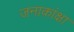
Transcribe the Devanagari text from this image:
जनाकांक्षा